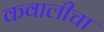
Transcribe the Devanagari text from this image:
कवालीचा